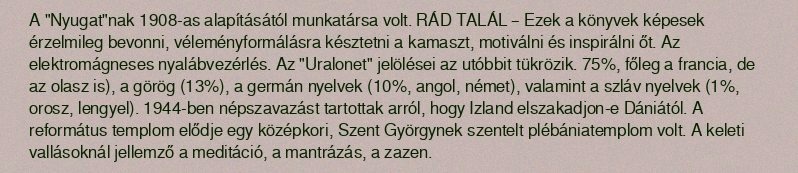
A "Nyugat"nak 1908-as alapításától munkatársa volt. RÁD TALÁL – Ezek a könyvek képesek érzelmileg bevonni, véleményformálásra késztetni a kamaszt, motiválni és inspirálni őt. Az elektromágneses nyalábvezérlés. Az "Uralonet" jelölései az utóbbit tükrözik. 75%, főleg a francia, de az olasz is), a görög (13%), a germán nyelvek (10%, angol, német), valamint a szláv nyelvek (1%, orosz, lengyel). 1944-ben népszavazást tartottak arról, hogy Izland elszakadjon-e Dániától. A református templom elődje egy középkori, Szent Györgynek szentelt plébániatemplom volt. A keleti vallásoknál jellemző a meditáció, a mantrázás, a zazen.